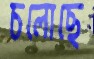
চলোছে